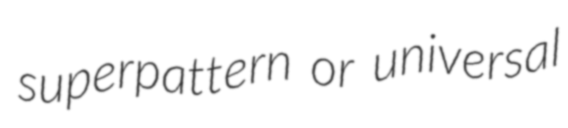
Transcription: superpattern or universal